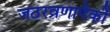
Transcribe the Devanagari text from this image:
जठरव्रणापैकी